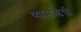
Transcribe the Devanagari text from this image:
व्यासऋषी